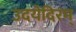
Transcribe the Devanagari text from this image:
उदयेदिरम्